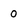
Character: 0